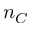
n _ { C }